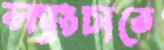
ল্যাংচাতে